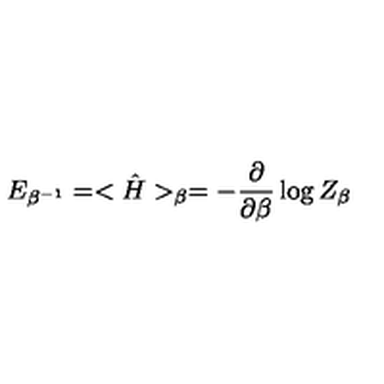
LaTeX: E _ { \beta ^ { - 1 } } = < { \hat { H } } > _ { \beta } = - { \frac { \partial } { \partial \beta } } \log Z _ { \beta }